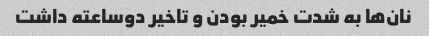
نان‌ها به شدت خمیر بودن و تاخیر دوساعته داشت